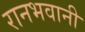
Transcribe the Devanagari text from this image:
रानभवानी